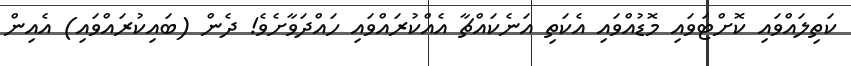
ކަތިލައްވައި ކޮށްޓަވައި މޮޑުއްވައި އެކަތި އަނެކައްޗާ އެއްކުރައްވައި ހައްދަވާށެވެ! ދެން (ބައިކުރައްވައި) އެއިން